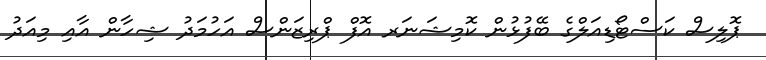
ޕޮލިސް ކަސްޓޯޑިއަލްގެ ބޭފުޅުން ކޮމިޝަނަރ އޮފް ޕްރިޒަންސް އަހުމަދު ޝިހާން އާއި މިއަދު